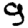
Digit: 9